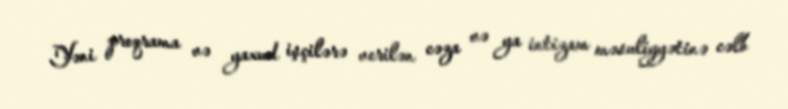
Yəni proqrama və yaxud işçilərə verilən cəza və ya intizam məsuliyyətinə cəlb